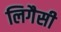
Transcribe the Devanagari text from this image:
लिगैसी